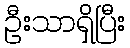
ဦးသာရှိပြီး